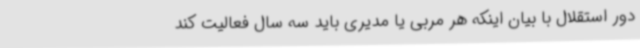
دور استقلال با بیان اینکه هر مربی یا مدیری باید سه سال فعالیت کند